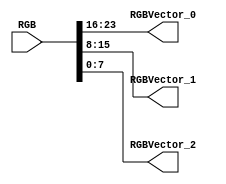
// -------------------------------------------------------------
// 
// 
// Generated by MATLAB 9.6 and HDL Coder 3.14
// 
// -------------------------------------------------------------


// -------------------------------------------------------------
// 
// Module: BirdEyeViewImproved_ip_src_RGB2Vector
// Source Path: BirdEyeView_Bilinear_V1/IP_Core/RGB2Vector
// Hierarchy Level: 1
// 
// -------------------------------------------------------------

`timescale 1 ns / 1 ns

module BirdEyeViewImproved_ip_src_RGB2Vector
          (RGB,
           RGBVector_0,
           RGBVector_1,
           RGBVector_2);


  input   [31:0] RGB;  // uint32
  output  [7:0] RGBVector_0;  // uint8
  output  [7:0] RGBVector_1;  // uint8
  output  [7:0] RGBVector_2;  // uint8


  wire [7:0] Bit_Slice_out1;  // uint8
  wire [7:0] Bit_Slice1_out1;  // uint8
  wire [7:0] Bit_Slice2_out1;  // uint8

  // RGB represented in
  // 32'hFFRRGGBB


  assign Bit_Slice_out1 = RGB[23:16];



  assign RGBVector_0 = Bit_Slice_out1;

  assign Bit_Slice1_out1 = RGB[15:8];



  assign RGBVector_1 = Bit_Slice1_out1;

  assign Bit_Slice2_out1 = RGB[7:0];



  assign RGBVector_2 = Bit_Slice2_out1;

endmodule  // BirdEyeViewImproved_ip_src_RGB2Vector